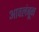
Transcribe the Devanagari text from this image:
आवलंबून